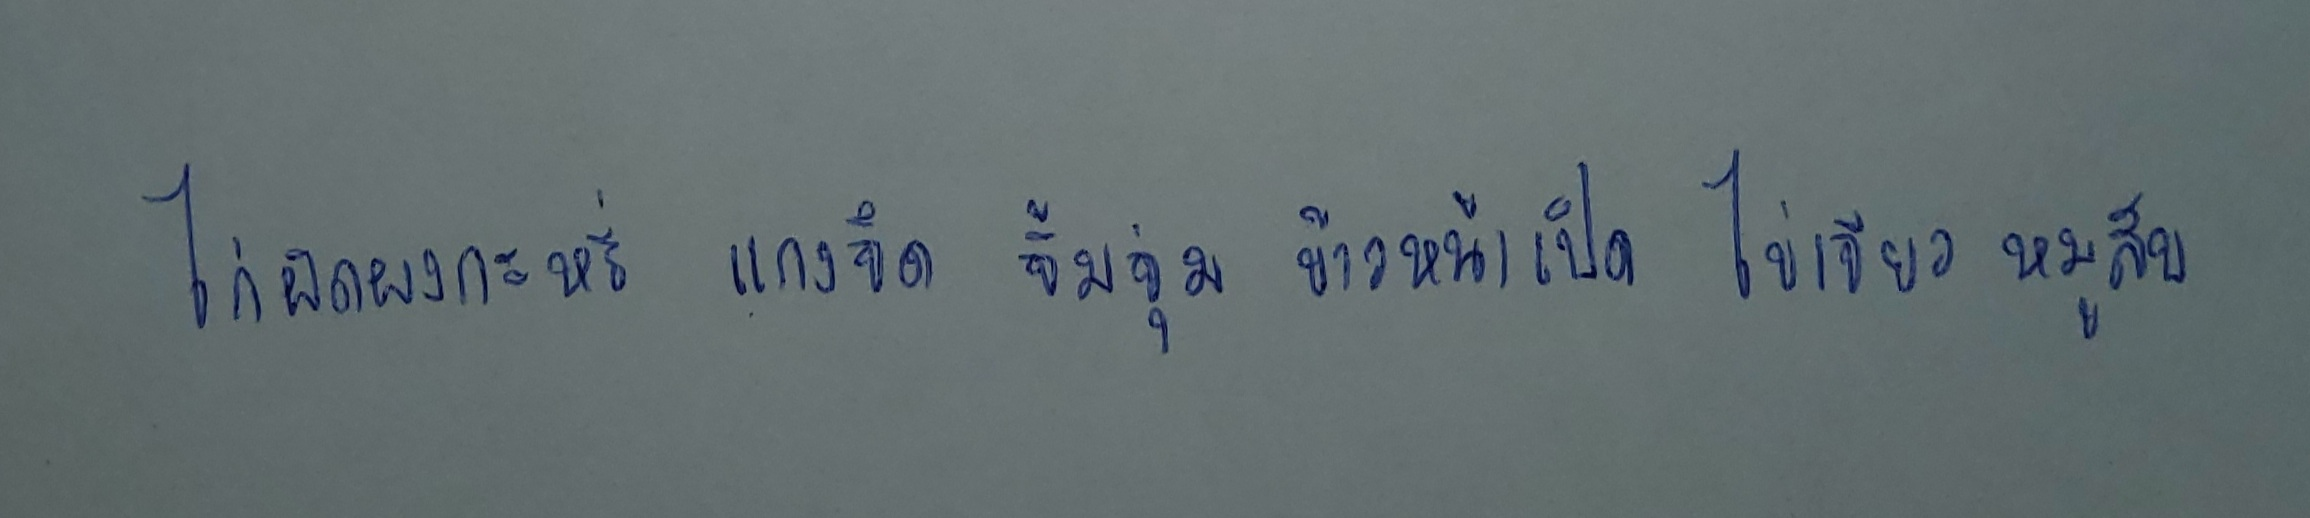
ไก่ผัดผงกะหรี่ แกงจืด จิ้มจุ่ม ข้าวหน้าเป็ด ไข่เจียวหมูสับ